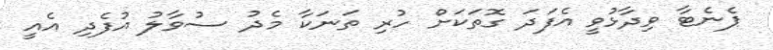
ޕެނެޓާ ވިދާޅުވީ އެފަދަ ގޮތަކަށް ހުރި ތަނަކާ މެދު ސުވާލު އުފެދި އެއީ